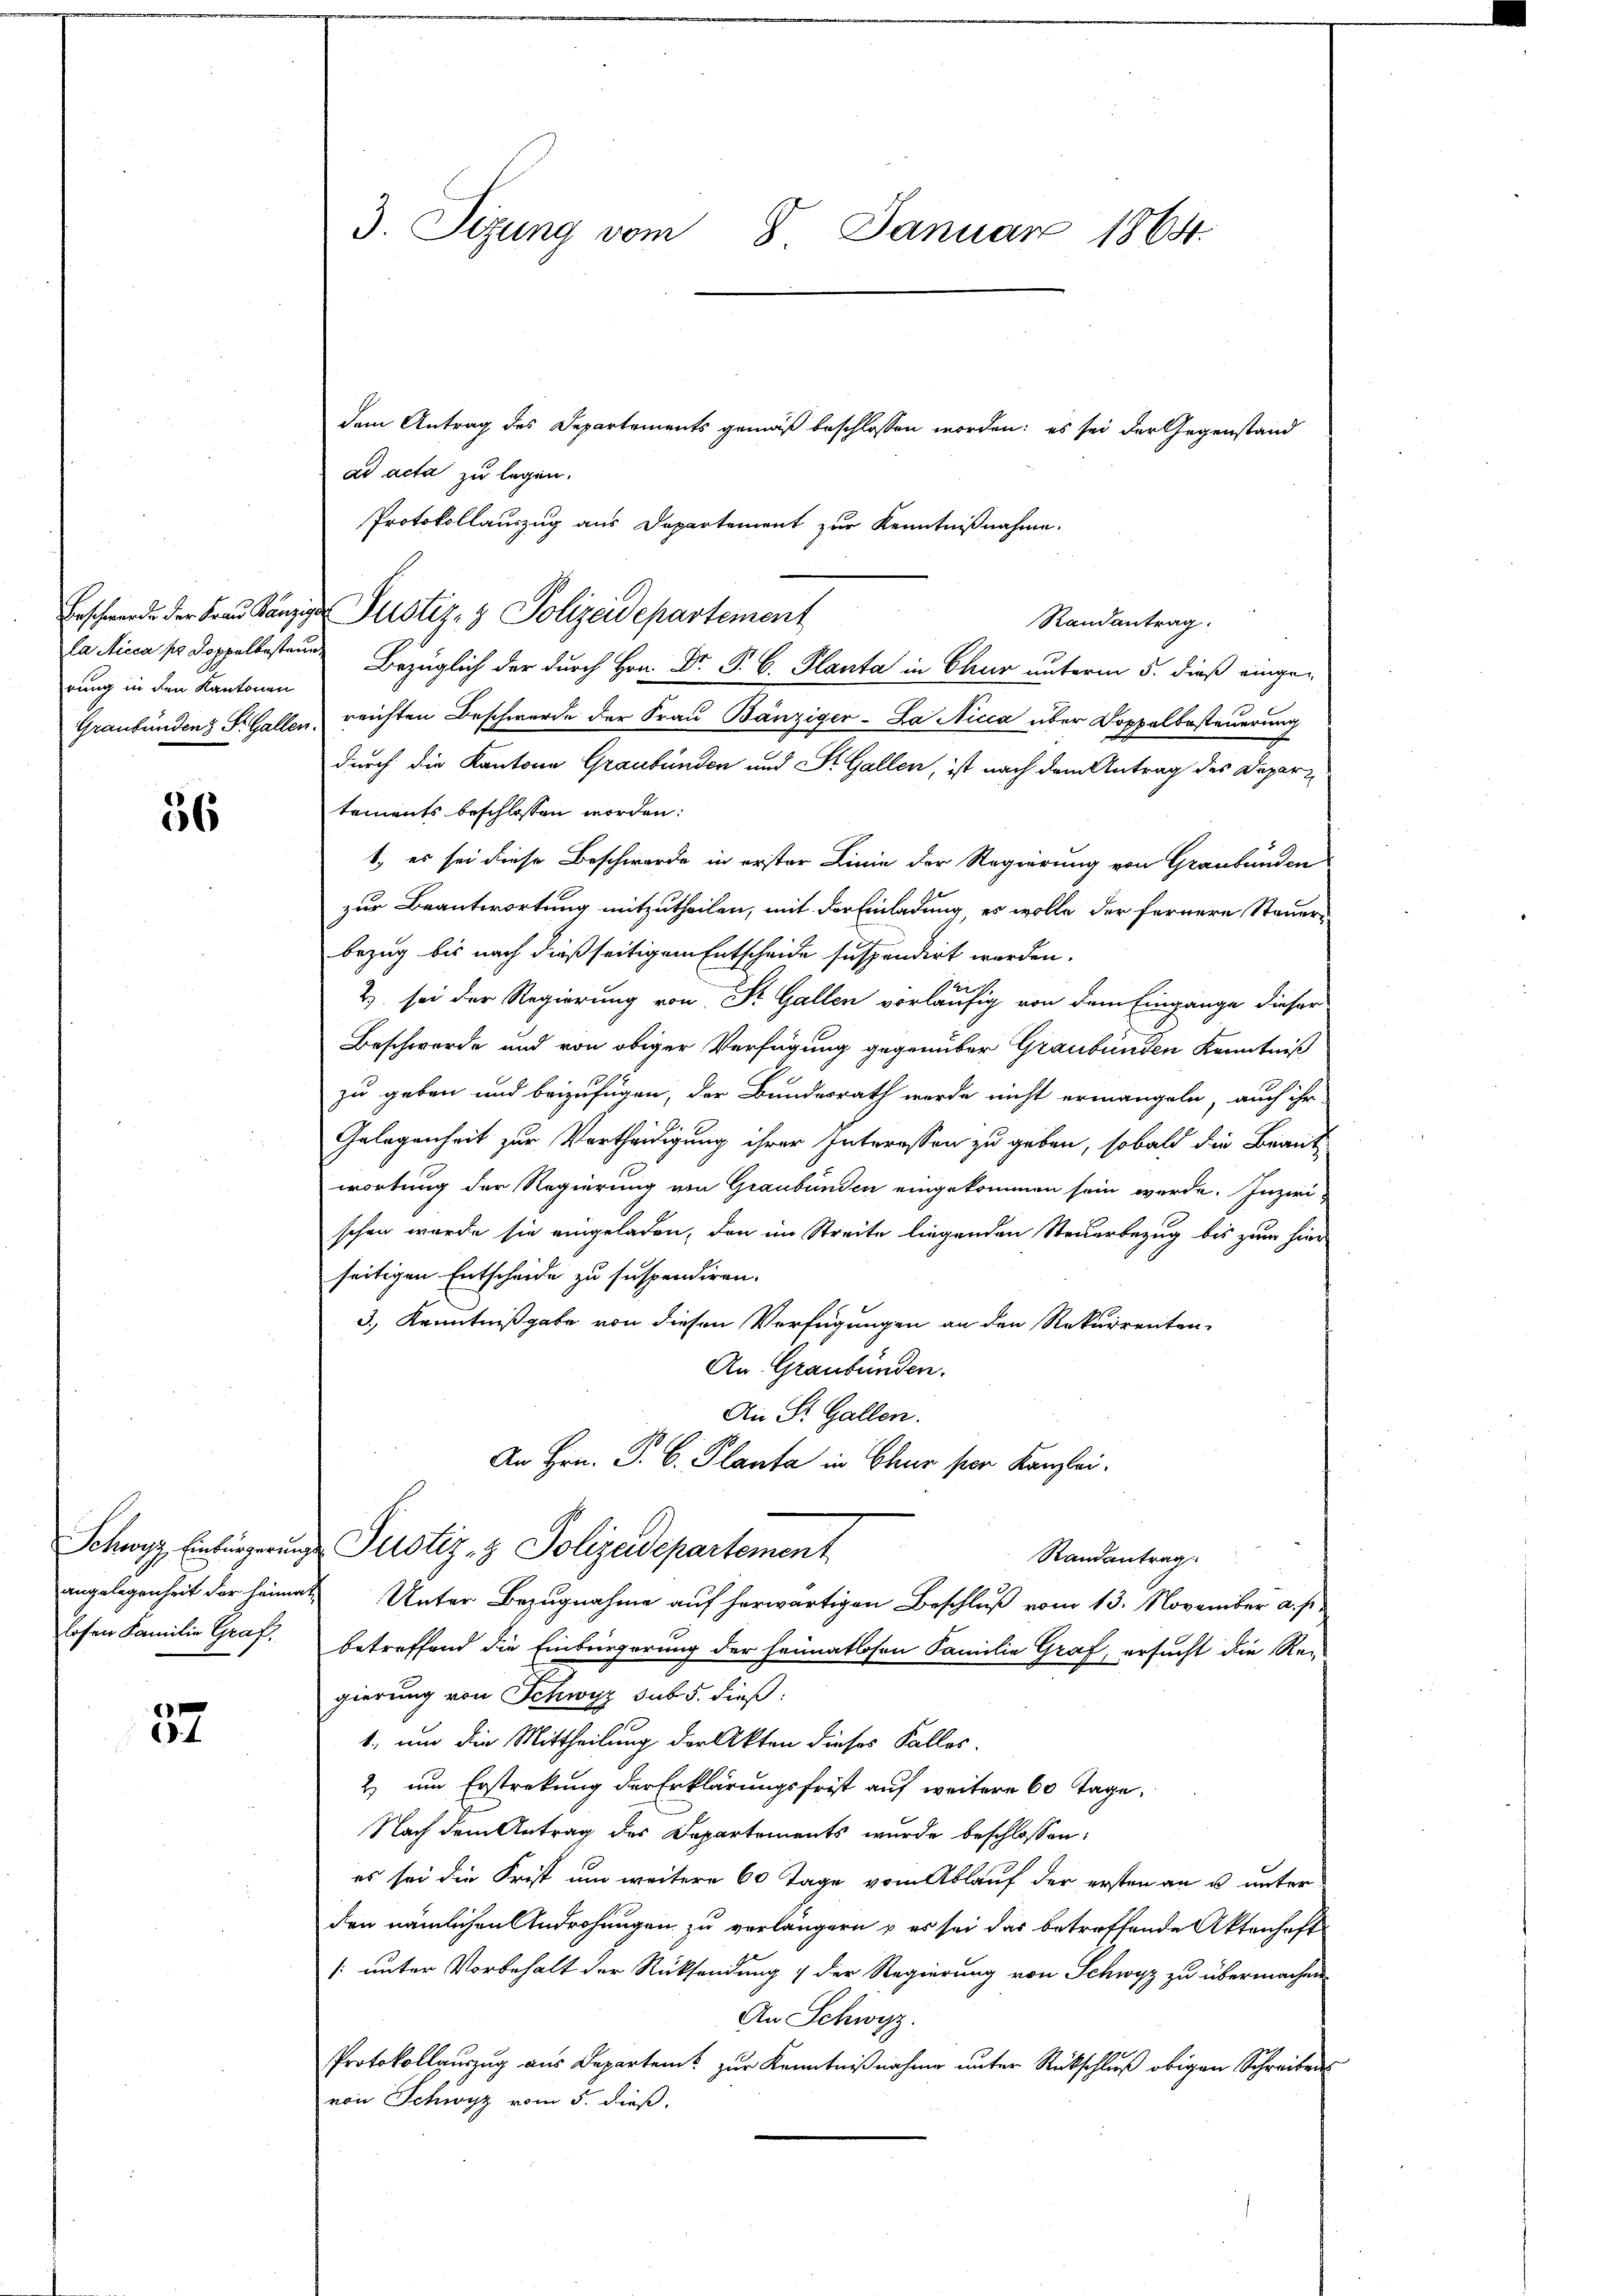
rung in den Kantonen

56

losen Familie Graf,

37

3. Sizung vom 8. Januar 1864.

dem Antrag des Departements gemäß beschlossen worden: es sei der Gegenstand
ad acta zu legen.
Protokollauszug aus Departement zur Kenntnißnahme.
Randantrag.
la in so doppelbesten Bezüglich der durch Hrn. Dr. P. C. Planta in Chur unterm 5. dieß einge¬
Graubündenz S. Gallen, reichten Beschwerde der Frau Bänziger-La Nicca über Doppelbesteuerung
durch die Kantone Graubünden und St. Gallen, ist nach dem Antrag des Departements beschlossen worden:
1, es sei diese Beschwerde in erster Linie der Regierung von Graubünden
zur Beantwortung mitzutheilen, mit der Einladung, es wolle der fernere Steuerbezug bis nach dießseitigem Entscheide suspendirt werden.
2) sei der Regierung von Dr. Gallen vorläufig von dem Eingange dieser
Beschwerde und von obiger Verfügung gegenüber Graubünden Kenntniß
zu geben und beizufügen, der Bundesrath werde nicht ermangeln, auch ihr
Gelegenheit zur Vertheidigung ihrer Interessen zu geben, sobald die Braut
wortung der Regierung von Graubünden eingekommen sein werde. Inzwi-
schen wurde sie eingeladen, den im Streite liegenden Steuerbezug bis zum hier
seitigen Entscheide zu suspendiren.
3.) Kenntnißgabe von diesen Verfügungen an den Rekurrenten-
An Graubünden.
An St. Gallen.
An Hrn. P. C. Planta in Chur von Kanzlei¬
Schwyz Einbürgerung Pustiz- & Polizeidepartement
Randantrag
angelegenheit der Heimat Unter Bezugnahme auf herwärtigen Beschluß vom 13. November a. p.
betreffend die Einbürgerung der heimatlosen Familie Graf, ersucht die Re-
gierung von Schwyz sub 5. dieß:
1., um die Mittheilung der Akten dieses Falles.
2 um Erstreckung der Erklärungsfrist auf weitere 60 Tage,
Nach dem Antrag des Departements wurde beschlossen:
es sei die Frist um weitere 60 Tage vom Ablauf der ersten an u. unter
den nämlichen Androhungen zu verlängern & es sei das betreffende Aktenhaft
[: unter Vorbehalt der Rücksendung 1 der Regierung von Schwyz zu übermachen
An Schwyz.
Protokollaŭszŭg aŭs Departen zŭr Kenntniβnahme ŭnter Rückschlŭβ obigen Schreibens
von Schwyz vom 5. dieß.

Erschwerde der Fraŭ Känzig Pustiz- & Polizeidepartement